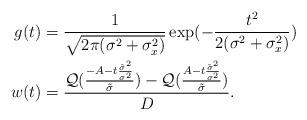
LaTeX: \begin{align*}g(t)&=\frac{1}{\sqrt{2 \pi (\sigma^2+\sigma_x^2)}} \exp(-\frac{t^2}{2 (\sigma ^2+ \sigma_x ^2)}) \\w(t)&=\frac{\mathcal{Q}(\frac{-A-t\frac{\tilde{\sigma}^2}{\sigma^2}}{\tilde{\sigma}}) - \mathcal{Q}(\frac{A-t\frac{\tilde{\sigma}^2}{\sigma^2}}{\tilde{\sigma}})}{D}.\end{align*}